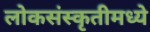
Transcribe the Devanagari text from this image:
लोकसंस्कृतीमध्ये